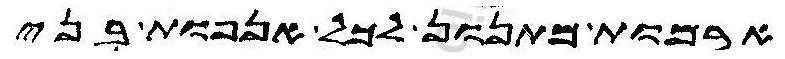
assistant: ארמות מתנון לכל אנפות בני